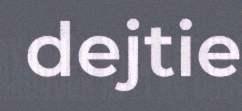
dejtie